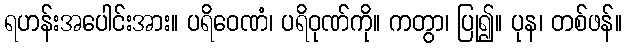
ရဟန်းအပေါင်းအား။ ပရိဝေဏံ၊ ပရိဝုဏ်ကို။ ကတွာ၊ ပြု၍။ ပုန၊ တစ်ဖန်။